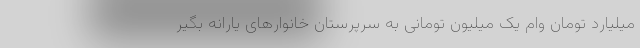
میلیارد تومان وام یک میلیون تومانی به سرپرستان خانوارهای یارانه بگیر